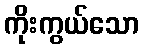
ကိုးကွယ်သော